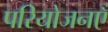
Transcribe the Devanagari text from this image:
परियोजनएँ